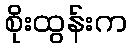
စိုးထွန်းက